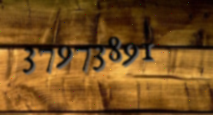
37973891